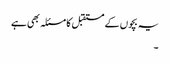
یہ بچوں کے مستقبل کا مسئلہ بھی ہے
۔